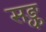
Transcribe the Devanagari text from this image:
सङ्क